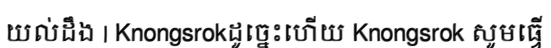
យល់ដឹង | Knongsrokដូច្នេះហើយ Knongsrok សូមធ្វើ